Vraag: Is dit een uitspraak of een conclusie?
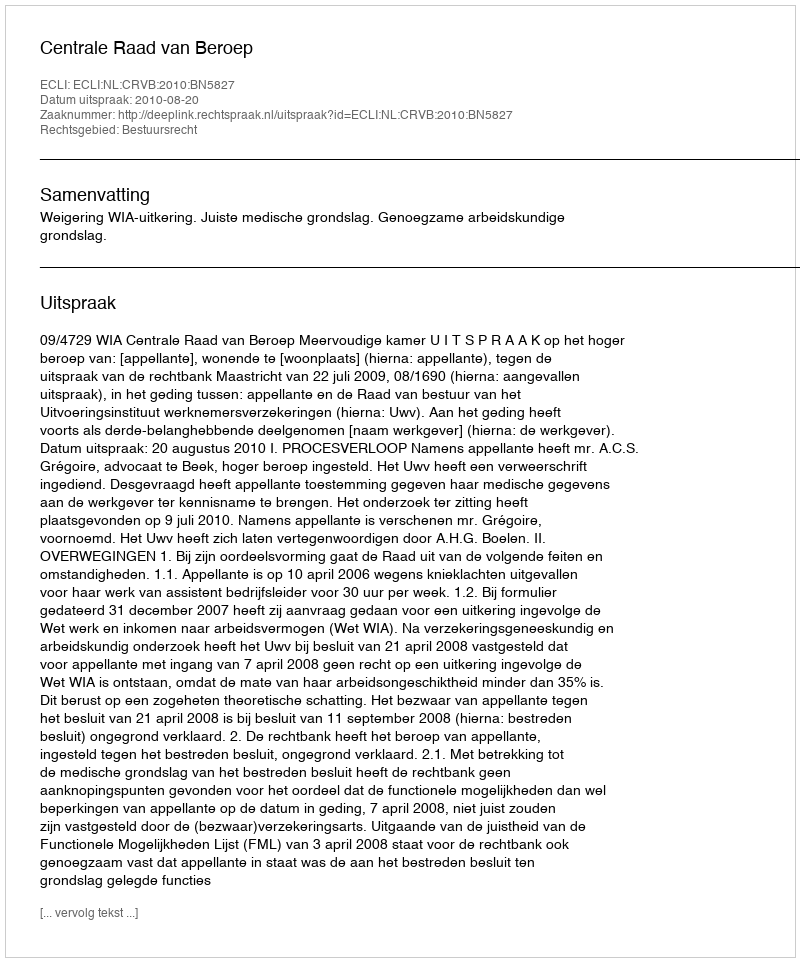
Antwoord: Uitspraak